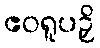
ဧဝရူပဉှိ